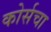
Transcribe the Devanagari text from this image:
कोर्सचा